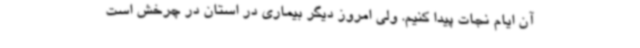
آن ایام نجات پیدا کنیم. ولی امروز دیگر بیماری در استان در چرخش است